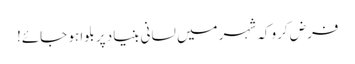
فرض کرو کہ شہر میں لسانی بنیاد پر بلوا ہو جائے!